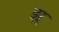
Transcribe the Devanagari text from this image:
झ्र्